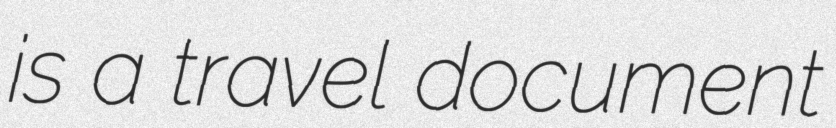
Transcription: is a travel document